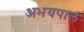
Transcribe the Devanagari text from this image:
अभयपाल